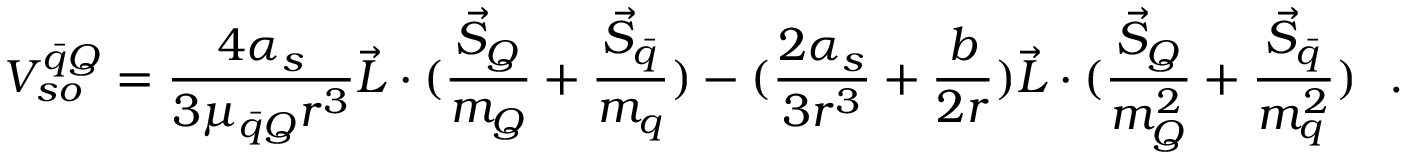
V _ { s o } ^ { \bar { q } Q } = { \frac { 4 \alpha _ { s } } { 3 \mu _ { \bar { q } Q } r ^ { 3 } } } \vec { L } \cdot ( { \frac { \vec { S } _ { Q } } { m _ { Q } } } + { \frac { \vec { S } _ { \bar { q } } } { m _ { q } } } ) - ( { \frac { 2 \alpha _ { s } } { 3 r ^ { 3 } } } + { \frac { b } { 2 r } } ) \vec { L } \cdot ( { \frac { \vec { S } _ { Q } } { m _ { Q } ^ { 2 } } } + { \frac { \vec { S } _ { \bar { q } } } { m _ { q } ^ { 2 } } } ) ~ ~ .